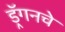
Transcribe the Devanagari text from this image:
ड्रॅगनचे